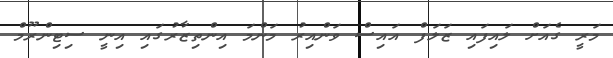
މަރީ ގެއަށް ލައިފައި ޒަލަފް އައިސް ވަންއިރު މަންމަ އިންތިޒާރުގައި އިނީ ސިޓިންރޫމް